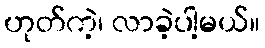
ဟုတ်ကဲ့၊ လာခဲ့ပါ့မယ်။